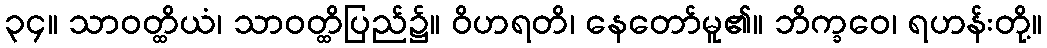
၃၄။ သာဝတ္ထိယံ၊ သာဝတ္ထိပြည်၌။ ဝိဟရတိ၊ နေတော်မူ၏။ ဘိက္ခဝေ၊ ရဟန်းတို့။